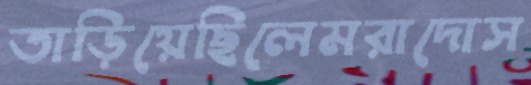
তাড়িয়েছিলেমরাদোস